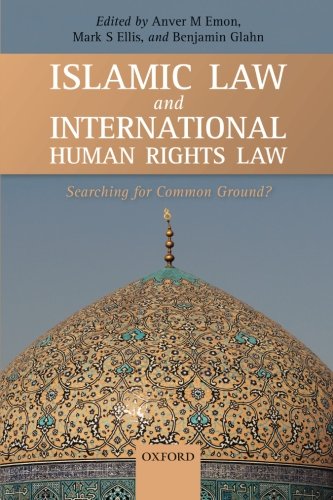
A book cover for Islamic Law and International Human Rights Law; Benjamin Glahn; Religion & Spirituality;